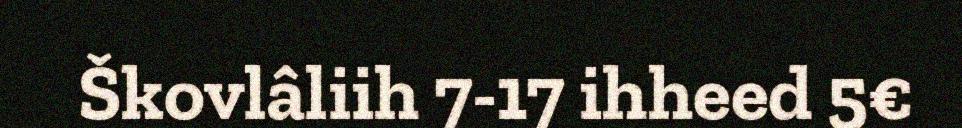
Škovlâliih 7-17 ihheed 5€